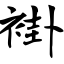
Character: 褂